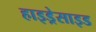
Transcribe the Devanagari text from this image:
हाइड्रेसाइड